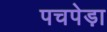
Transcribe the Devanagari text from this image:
पचपेड़ा